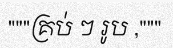
"""គ្រប់ ៗ រូប ,"""